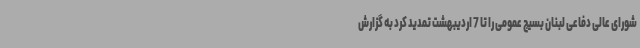
شورای عالی دفاعی لبنان بسیج عمومی را تا 7 اردیبهشت تمدید کرد به گزارش